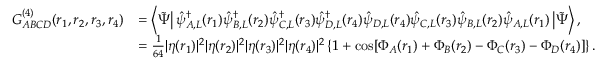
\begin{array} { r l } { G _ { A B C D } ^ { ( 4 ) } ( \boldsymbol { r } _ { 1 } , \boldsymbol { r } _ { 2 } , \boldsymbol { r } _ { 3 } , \boldsymbol { r } _ { 4 } ) } & { = \left\langle \tilde { \Psi } \right| \hat { \psi } _ { A , L } ^ { \dagger } ( \boldsymbol { r } _ { 1 } ) \hat { \psi } _ { B , L } ^ { \dagger } ( \boldsymbol { r } _ { 2 } ) \hat { \psi } _ { C , L } ^ { \dagger } ( \boldsymbol { r } _ { 3 } ) \hat { \psi } _ { D , L } ^ { \dagger } ( \boldsymbol { r } _ { 4 } ) \hat { \psi } _ { D , L } ( \boldsymbol { r } _ { 4 } ) \hat { \psi } _ { C , L } ( \boldsymbol { r } _ { 3 } ) \hat { \psi } _ { B , L } ( \boldsymbol { r } _ { 2 } ) \hat { \psi } _ { A , L } ( \boldsymbol { r } _ { 1 } ) \left| \tilde { \Psi } \right\rangle , } \\ & { = \frac { 1 } { 6 4 } | \eta ( \boldsymbol { r } _ { 1 } ) | ^ { 2 } | \eta ( \boldsymbol { r } _ { 2 } ) | ^ { 2 } | \eta ( \boldsymbol { r } _ { 3 } ) | ^ { 2 } | \eta ( \boldsymbol { r } _ { 4 } ) | ^ { 2 } \left\{ 1 + \cos [ \Phi _ { A } ( \boldsymbol { r } _ { 1 } ) + \Phi _ { B } ( \boldsymbol { r } _ { 2 } ) - \Phi _ { C } ( \boldsymbol { r } _ { 3 } ) - \Phi _ { D } ( \boldsymbol { r } _ { 4 } ) ] \right\} . } \end{array}